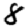
Digit: 8